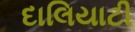
દાલિયાટી